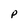
Character: P